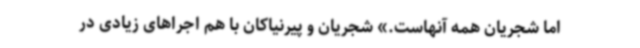
اما شجریان همه آنهاست.» شجریان و پیرنیاکان با هم اجراهای زیادی در